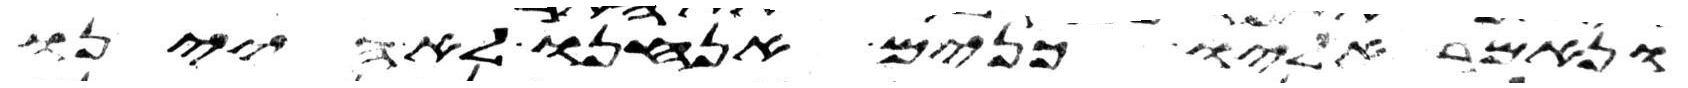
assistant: ונאמר אליו כנים אנחנו לא היינו